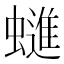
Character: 䗯